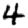
Digit: 4